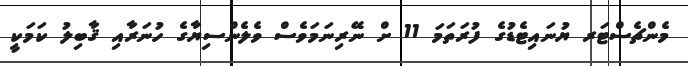
މެންޗެސްޓަރ ޔުނައިޓެޑުގެ ފުރަތަމަ 11 ށް ނޭރިނަމަވެސް ވެލެންސިޔާގެ ހުނަރާއި ޤާބިލު ކަމަކީ